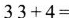
$$33+4= $$